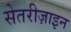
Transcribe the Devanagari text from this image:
सेतरीज़ाइन